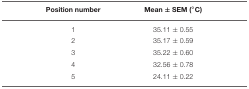
|  | Position number | Mean ± SEM (°C) |
 | --- | --- | --- |
 |  | 1 | 35.11 ± 0.55 |
 |  | 2 | 35.17 ± 0.59 |
 |  | 3 | 35.22 ± 0.60 |
 |  | 4 | 32.56 ± 0.78 |
 |  | 5 | 24.11 ± 0.22 |